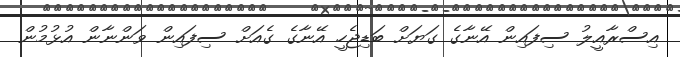
އިސްރާއީލު ސިފައިން އޭނާގެ ގަޔަށް ބަޑިޖެހީ އޭނާގެ ގެއަށް ސިފައިން ވަންނާން އުޅުމުން